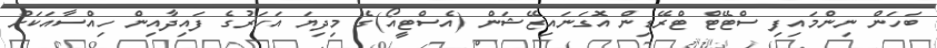
ބަހަން ނިންމައިފި ސްޓޭޓް ޓްރޭޑިން އޮގަނައިޒޭޝަން (އެސްޓީއޯ)ގެ މިދިޔަ އަހަރުގެ ފައިދާއިން ހިއްސާއަކަށް